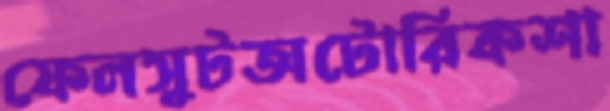
ফেলসুটঅটোরিকশা